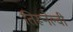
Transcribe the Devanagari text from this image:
तिरूनेल्वी